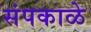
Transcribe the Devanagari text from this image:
संपकाळे